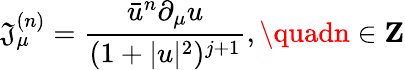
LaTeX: \mathfrak{J}_{\mu}^{(n)}=\frac{{\bar{{u}}^{n}\partial_{\mu}u}}{{(1+|u|^{2})^{j+1}}},\quadn\in\mathbf{{Z}}